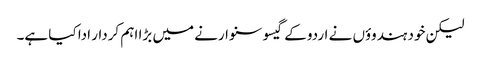
لیکن خود ہندوؤں نے اردو کے گیسو سنوارنے میں بڑا اہم کردار ادا کیا ہے۔